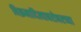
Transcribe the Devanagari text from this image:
विक्रमादित्याबरोबरच्या